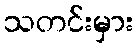
သတင်းမှား